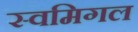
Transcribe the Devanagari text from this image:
स्वमिगल